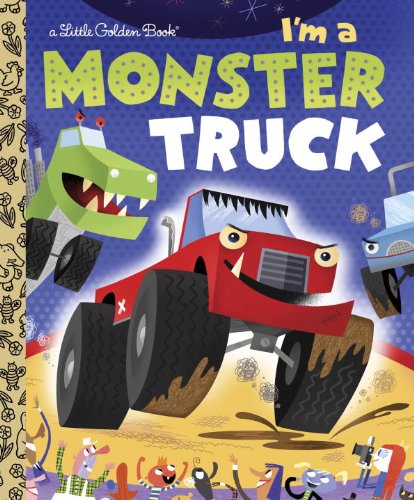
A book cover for I'm a Monster Truck (Little Golden Book); Dennis Shealy; Children's Books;